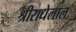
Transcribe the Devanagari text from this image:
श्रीराधेलाल